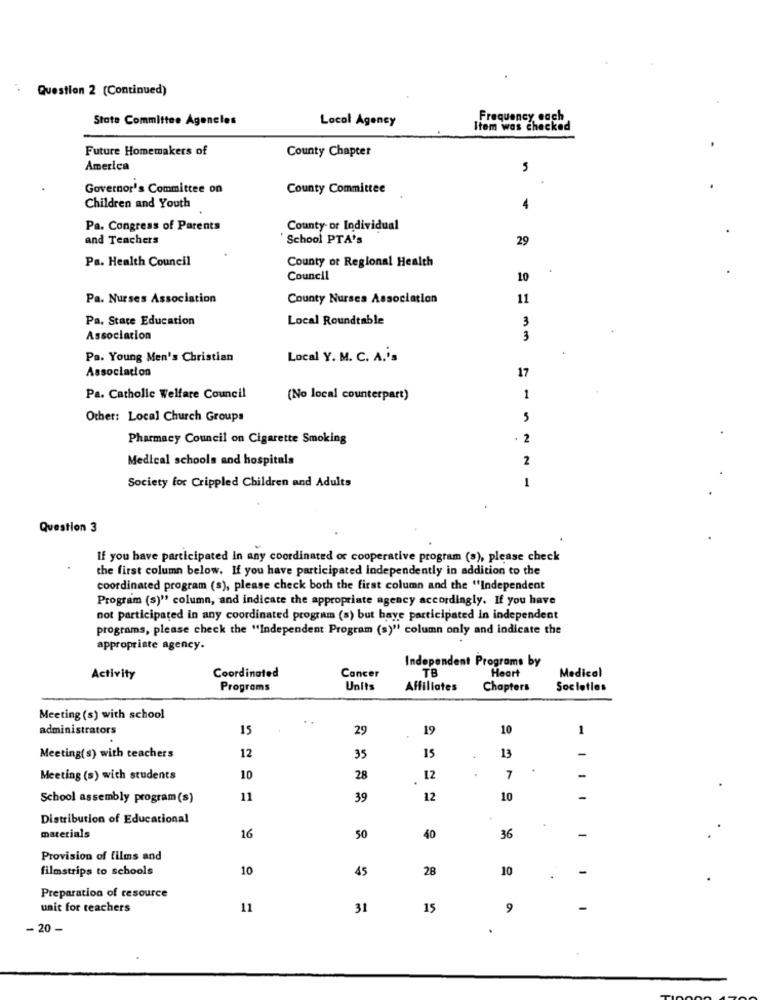
Question 2 (Continued)
State Committee Agencies
Frequency each
Local Agency
Item was checked
Future Homemakers of
County Chapter
America
5
Governor's Committee on
County Committee
Children and Youth
4
Pa. Congress of Parents
County or Individual
and Teachers
School PTA's
29
Pa. Health Council
County ot Regional Health
Council
10
Pa. Nurses Association
County Nurses Association
11
Pa. Stare Education
Local Roundtable
3
Association
3
Pa. Young Men's Christian
Local Y. M. C. A.'s
Association
17
Pa. Catholic Welfare Council
(No local counterpart)
1
Other: Local Church Groups
5
Pharmacy Council on Cigarette Smoking
2
Medical schools and hospitals
2
Society for Crippled Children and Adults
1
Question 3
If you have participated in any coordinated or cooperative program (s), please check
the first column below. If you have participated independently in addition to the
coordinated program (s), please check both the first column and the "Independent
Program (s)" column, and indicate the appropriate agency accordingly. If you have
not participated in any coordinated program (s) but have participated In independent
programs, please check the "Independent Program (s)" column only and indicate the
appropriate agency.
Independent Programs by
TB
Medical
Activity
Coordinated
Cancer
Heart
Programs
Units
Affiliates
Chapters
Socletles
Meeting (s) with school
administrators
15
29
19
10
-
15
13
Meeting(s) with teachers
12
35
Meeting (s) with students
10
28
12
7
School assembly program(s)
11
39
12
10
-
Distribution of Educational
materials
16
50
40
36
-
Provision of films and
filmstrips to schools
10
45
28
10
-
Preparation of resource
unit for teachers
11
31
15
9
-
- 20 -